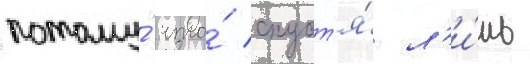
потому́ что́ спуст'я́ л'и́шь